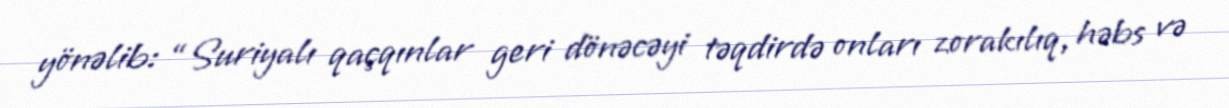
yönəlib: “Suriyalı qaçqınlar geri dönəcəyi təqdirdə onları zorakılıq, həbs və